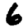
Digit: 6